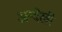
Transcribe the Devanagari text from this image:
अन्देखी